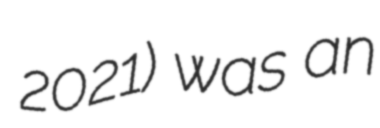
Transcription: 2021) was an